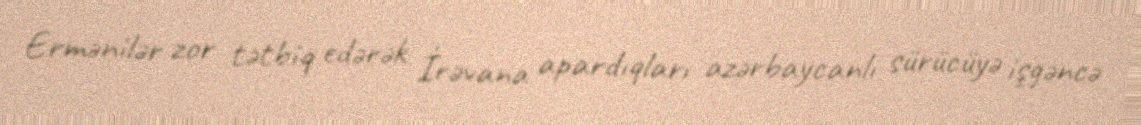
Ermənilər zor tətbiq edərək İrəvana apardıqları azərbaycanlı sürücüyə işgəncə